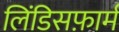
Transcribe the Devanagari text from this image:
लिंडिसफ़ार्म